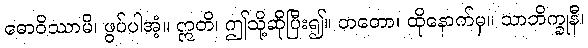
ဓောဝိဿာမိ၊ ဖွပ်ပါအံ့။ ဣတိ၊ ဤသို့ဆိုပြီး၍။ တတော၊ ထိုနောက်မှ။ သာဘိက္ခုနီ၊